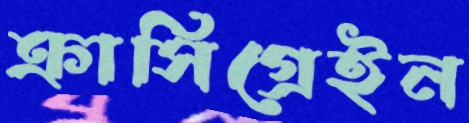
ক্রাসিগ্রেইন